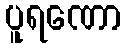
ပူရဏော